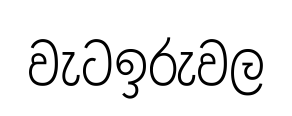
වැටඉරුවල